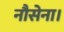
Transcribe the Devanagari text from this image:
नौसेना।